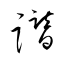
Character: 譖